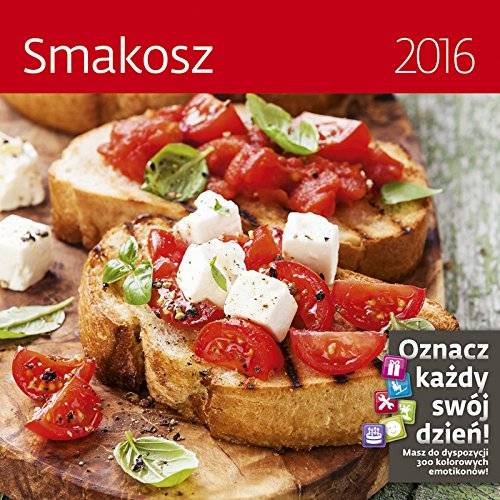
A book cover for Gourmet Wall Calendar 2016 - Food and Drink Calendar - Food Photography By Helma; MegaCalendars; Calendars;